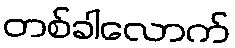
တစ်ခါလောက်